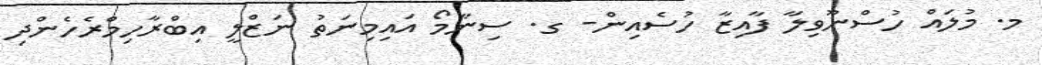
މ. މުލައް ހުސްނޫވިލާ ފާއިޒާ ހުސެއިން- ގ. ސިނާމޯ އައިމިނަތު ނަޒްލީ އިބްރާހިމްރެހެންދި